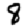
Digit: 8